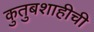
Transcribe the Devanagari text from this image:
कुतुबशाहीची